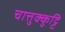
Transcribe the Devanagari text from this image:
चात्तुक्कुट्टि